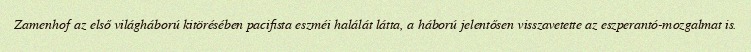
Zamenhof az első világháború kitörésében pacifista eszméi halálát látta, a háború jelentősen visszavetette az eszperantó-mozgalmat is.